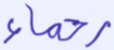
رحماء